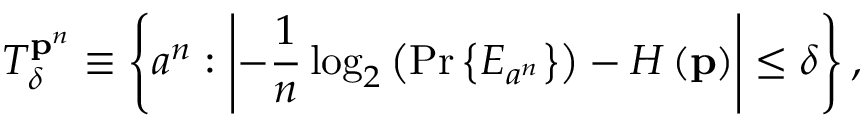
T _ { \delta } ^ { \mathbf { p } ^ { n } } \equiv \left\{ a ^ { n } : \left\vert - { \frac { 1 } { n } } \log _ { 2 } \left( \operatorname* { P r } \left\{ E _ { a ^ { n } } \right\} \right) - H \left( \mathbf { p } \right) \right\vert \leq \delta \right\} ,